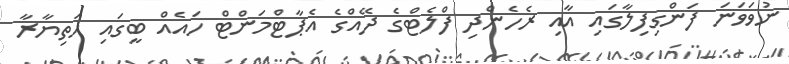
ނުވަވަނަ ފަންގިފިލާގައި އާއި ރެހެންދި ފްލެޓްގެ ދޭއްގެ އެޕާޓްމަންޓް ހައެއް ބީގައި ހަތިޔާރާ